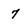
Character: 7